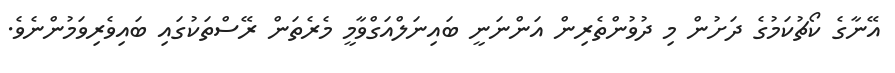
އޭނާގެ ކޯޗުކަމުގެ ދަށުން މި ދުވުންތެރިން އަންނަނީ ބައިނަލްއަގްވާމީ މެރެތަން ރޭސްތަކުގައި ބައިވެރިވަމުންނެވެ.